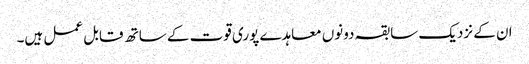
ان کے نزدیک سابقہ دونوں معاہدے پوری قوت کے ساتھ قابل عمل ہیں۔